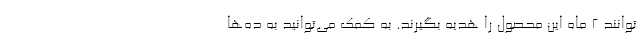
‌توانند ۲ ماه این محصول را هدیه بگیرند. به کمک می‌توانید به ده‌ها